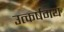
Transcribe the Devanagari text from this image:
उत्कर्षमय